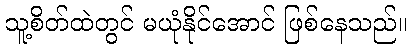
သူ့စိတ်ထဲတွင် မယုံနိုင်အောင် ဖြစ်နေသည်။